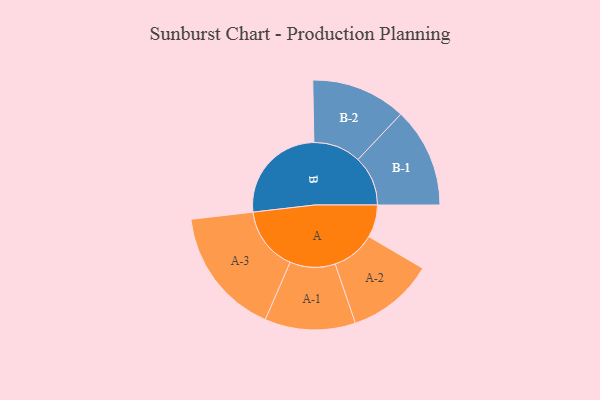
{"axis": {"x": "Segment", "y": "Value"}, "legend": ["", "A", "B"], "data": [{"x": "A", "y": 148, "type": ""}, {"x": "B", "y": 465, "type": ""}, {"x": "A-1", "y": 206, "type": "A"}, {"x": "A-2", "y": 198, "type": "A"}, {"x": "A-3", "y": 292, "type": "A"}, {"x": "B-1", "y": 227, "type": "B"}, {"x": "B-2", "y": 216, "type": "B"}]}